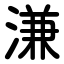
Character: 溓